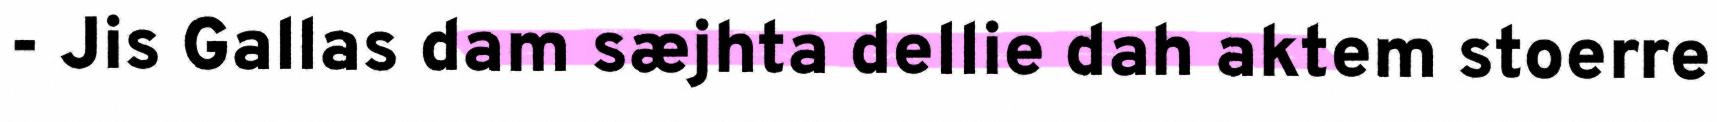
- Jis Gallas dam sæjhta dellie dah aktem stoerre